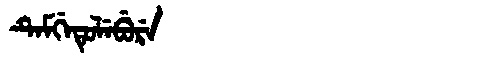
Manchu: ᡨᡝᠮᡤᡝᡨᡠᠯᡝᠪᡠᡵᡝ
Romanization: TEMGETULEBURE